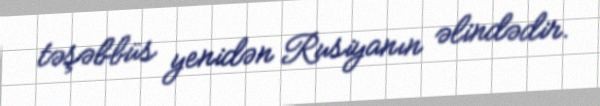
təşəbbüs yenidən Rusiyanın əlindədir.